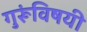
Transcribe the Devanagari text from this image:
गुरूंविषयी